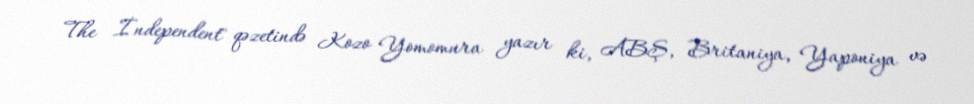
The İndependent" qəzetində Kozo Yomomura yazır ki, ABŞ, Britaniya, Yaponiya və